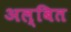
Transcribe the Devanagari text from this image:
अल्बित